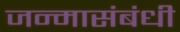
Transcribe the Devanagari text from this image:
जन्मासंबंधी